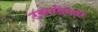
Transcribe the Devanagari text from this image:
उत्तरसीमेवर